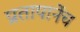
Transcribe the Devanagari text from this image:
प्रतापानेंच